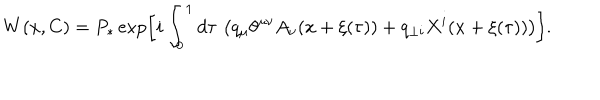
LaTeX: W ( x , C ) = P _ { \ast } \exp \left[ i \int _ { 0 } ^ { 1 } d \tau \, \left( q _ { \mu } \theta ^ { \mu \nu } A _ { \nu } ( x + \xi ( \tau ) ) + q _ { \perp i } X ^ { i } ( x + \xi ( \tau ) ) \right) \right] .